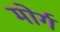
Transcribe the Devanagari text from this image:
मोर्ग